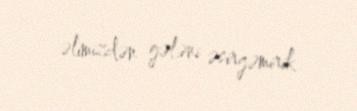
əlimizdən gələni əsirgəmirik.